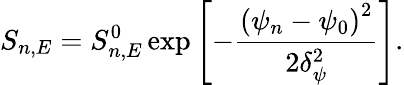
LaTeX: S_{n,E}=S_{n,E}^{0}\exp\left[-\frac{\left(\psi_{n}-\psi_{0}\right)^{2}}{2\delta_{\psi}^{2}}\right].